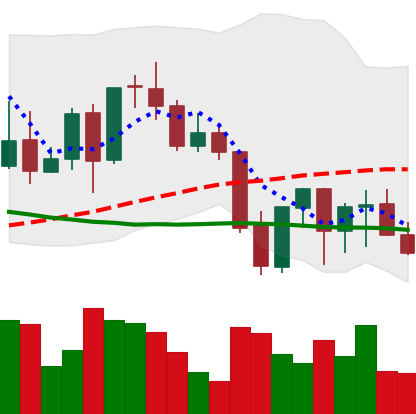
Ticker: LINK-USD
Chart end date: 2021-09-28
Forward return: 24.691%
Label: up_7plus